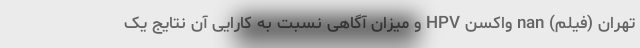
تهران (فیلم) nan واکسن HPV و میزان آگاهی نسبت به کارایی آن نتایج یک